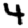
Digit: 4